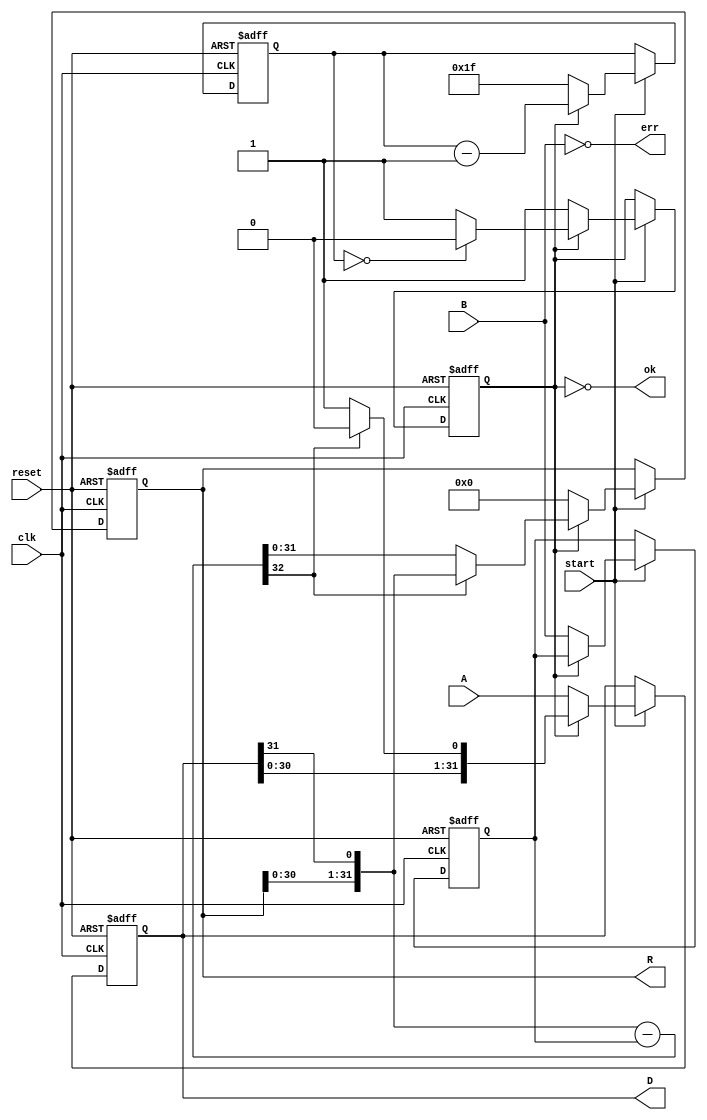
// did not create -- pulled from fpga4student.com to use for sd_clk generation

// fpga4student.com FPGA projects, Verilog projects, VHDL projects 
// Verilog project: Verilog code for 32-bit divider 
// Verilog code for divider using behavioral modelling
module divider(  
    input clk,  
    input reset,  
    input start,  
    input  [31:0] A,  
    input  [31:0] B,  
    output [31:0] D,  
    output [31:0] R,  
    output ok, err  
);  

reg        active;  // True if the divider is running  
reg [4:0]  cycle;   // Number of cycles to go  
reg [31:0] result;  // Begin with A, end with D  
reg [31:0] denom;   // B  
reg [31:0] work;    // Running R  

// Calculate the current digit  
wire [32:0]   sub = { work[30:0], result[31] } - denom;  
assign err = !B;  

// Send the results to our master  
assign D = result;  
assign R = work;  
assign ok = ~active;

// fpga4student.com FPGA projects, Verilog projects, VHDL projects   
// The state machine  
always @(posedge clk,posedge reset) begin  
    if (reset) begin  
        active <= 0;  
        cycle <= 0;  
        result <= 0;  
        denom <= 0;  
        work <= 0;  
    end  
    else if(start) begin  
        if (active) begin  
            // Run an iteration of the divide.  
            if (sub[32] == 0) begin  
                work <= sub[31:0];  
                result <= {result[30:0], 1'b1};  
            end  
            
            else begin  
                work <= {work[30:0], result[31]};  
                result <= {result[30:0], 1'b0};  
            end  
            if (cycle == 0) begin  
                active <= 0;  
            end  
                cycle <= cycle - 5'd1;  
        end  
        else begin  
            // Set up for an unsigned divide.  
            cycle <= 5'd31;  
            result <= A;  
            denom <= B;  
            work <= 32'b0;  
            active <= 1;  
        end  
    end  
end  

endmodule